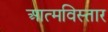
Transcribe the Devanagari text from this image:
आत्मविस्तार